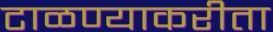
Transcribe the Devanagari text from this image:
टाळण्याकरीता